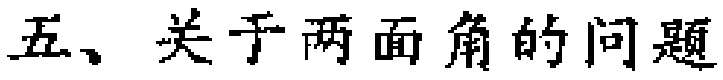
五、关于两面角的问题